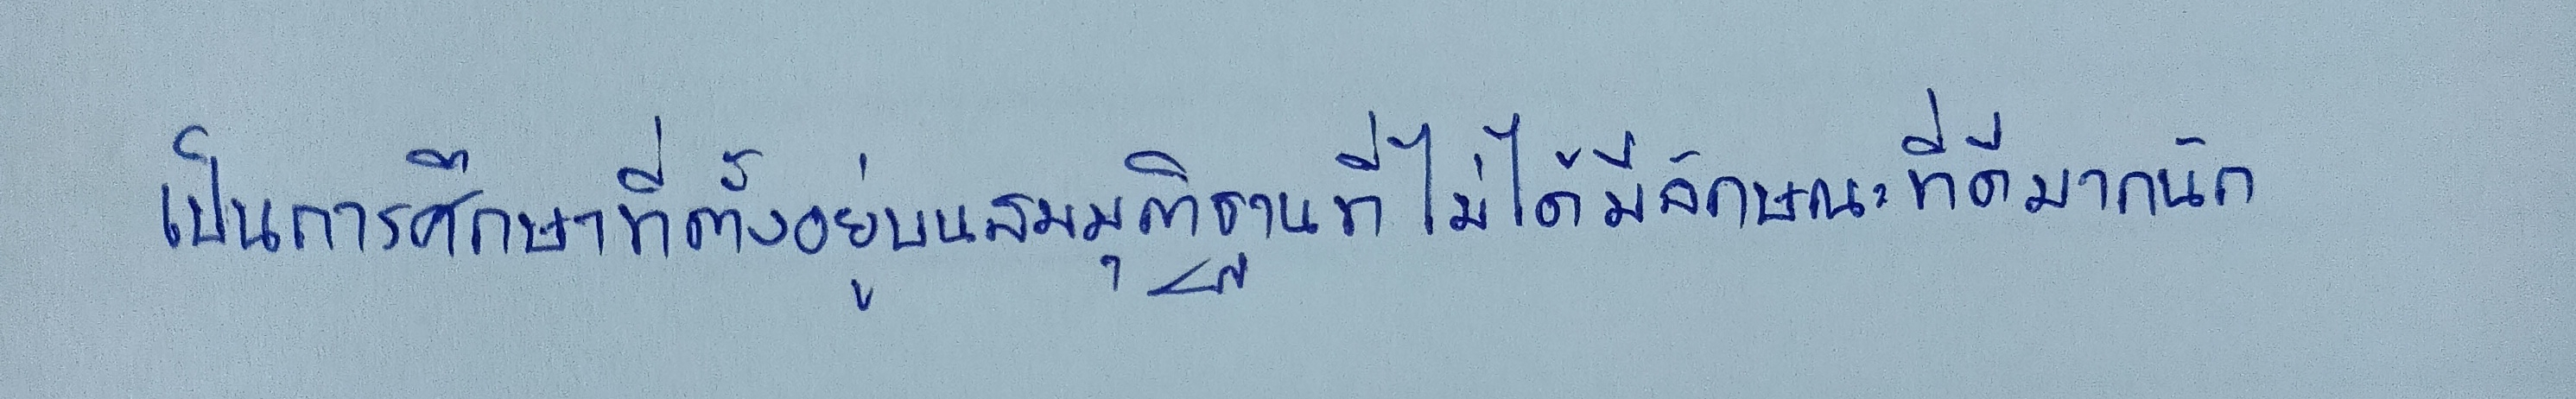
เป็นการศึกษาที่ตั้งอยู่บนสมมุติฐานที่ไม่ได้มีลักษณะที่ดีมากนัก